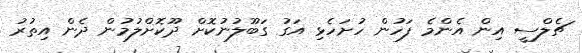
ޗެލްސީ އިން އެންމެ ފަހުން ހުށަހެޅި އަގު ގަބޫލުނުކޮށް ދޫކޮށްލުމުން ދެން އިތުރު